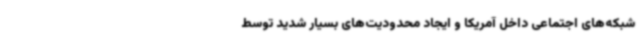
شبکه‌های اجتماعی داخل آمریکا و ایجاد محدودیت‌های بسیار شدید توسط